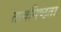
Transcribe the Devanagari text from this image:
तत्वनिष्ठता